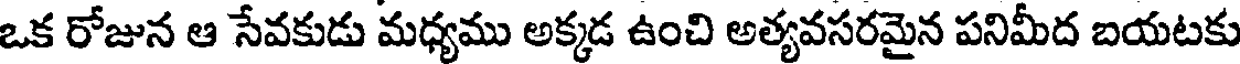
ఒక రోజున ఆ సేవకుడు మధ్యము అక్కడ ఉంచి అత్యవసరమైన పనిమీద బయటకు